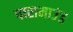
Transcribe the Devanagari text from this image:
पारामाउंड